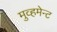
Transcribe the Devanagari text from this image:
मुव्हमेन्ट